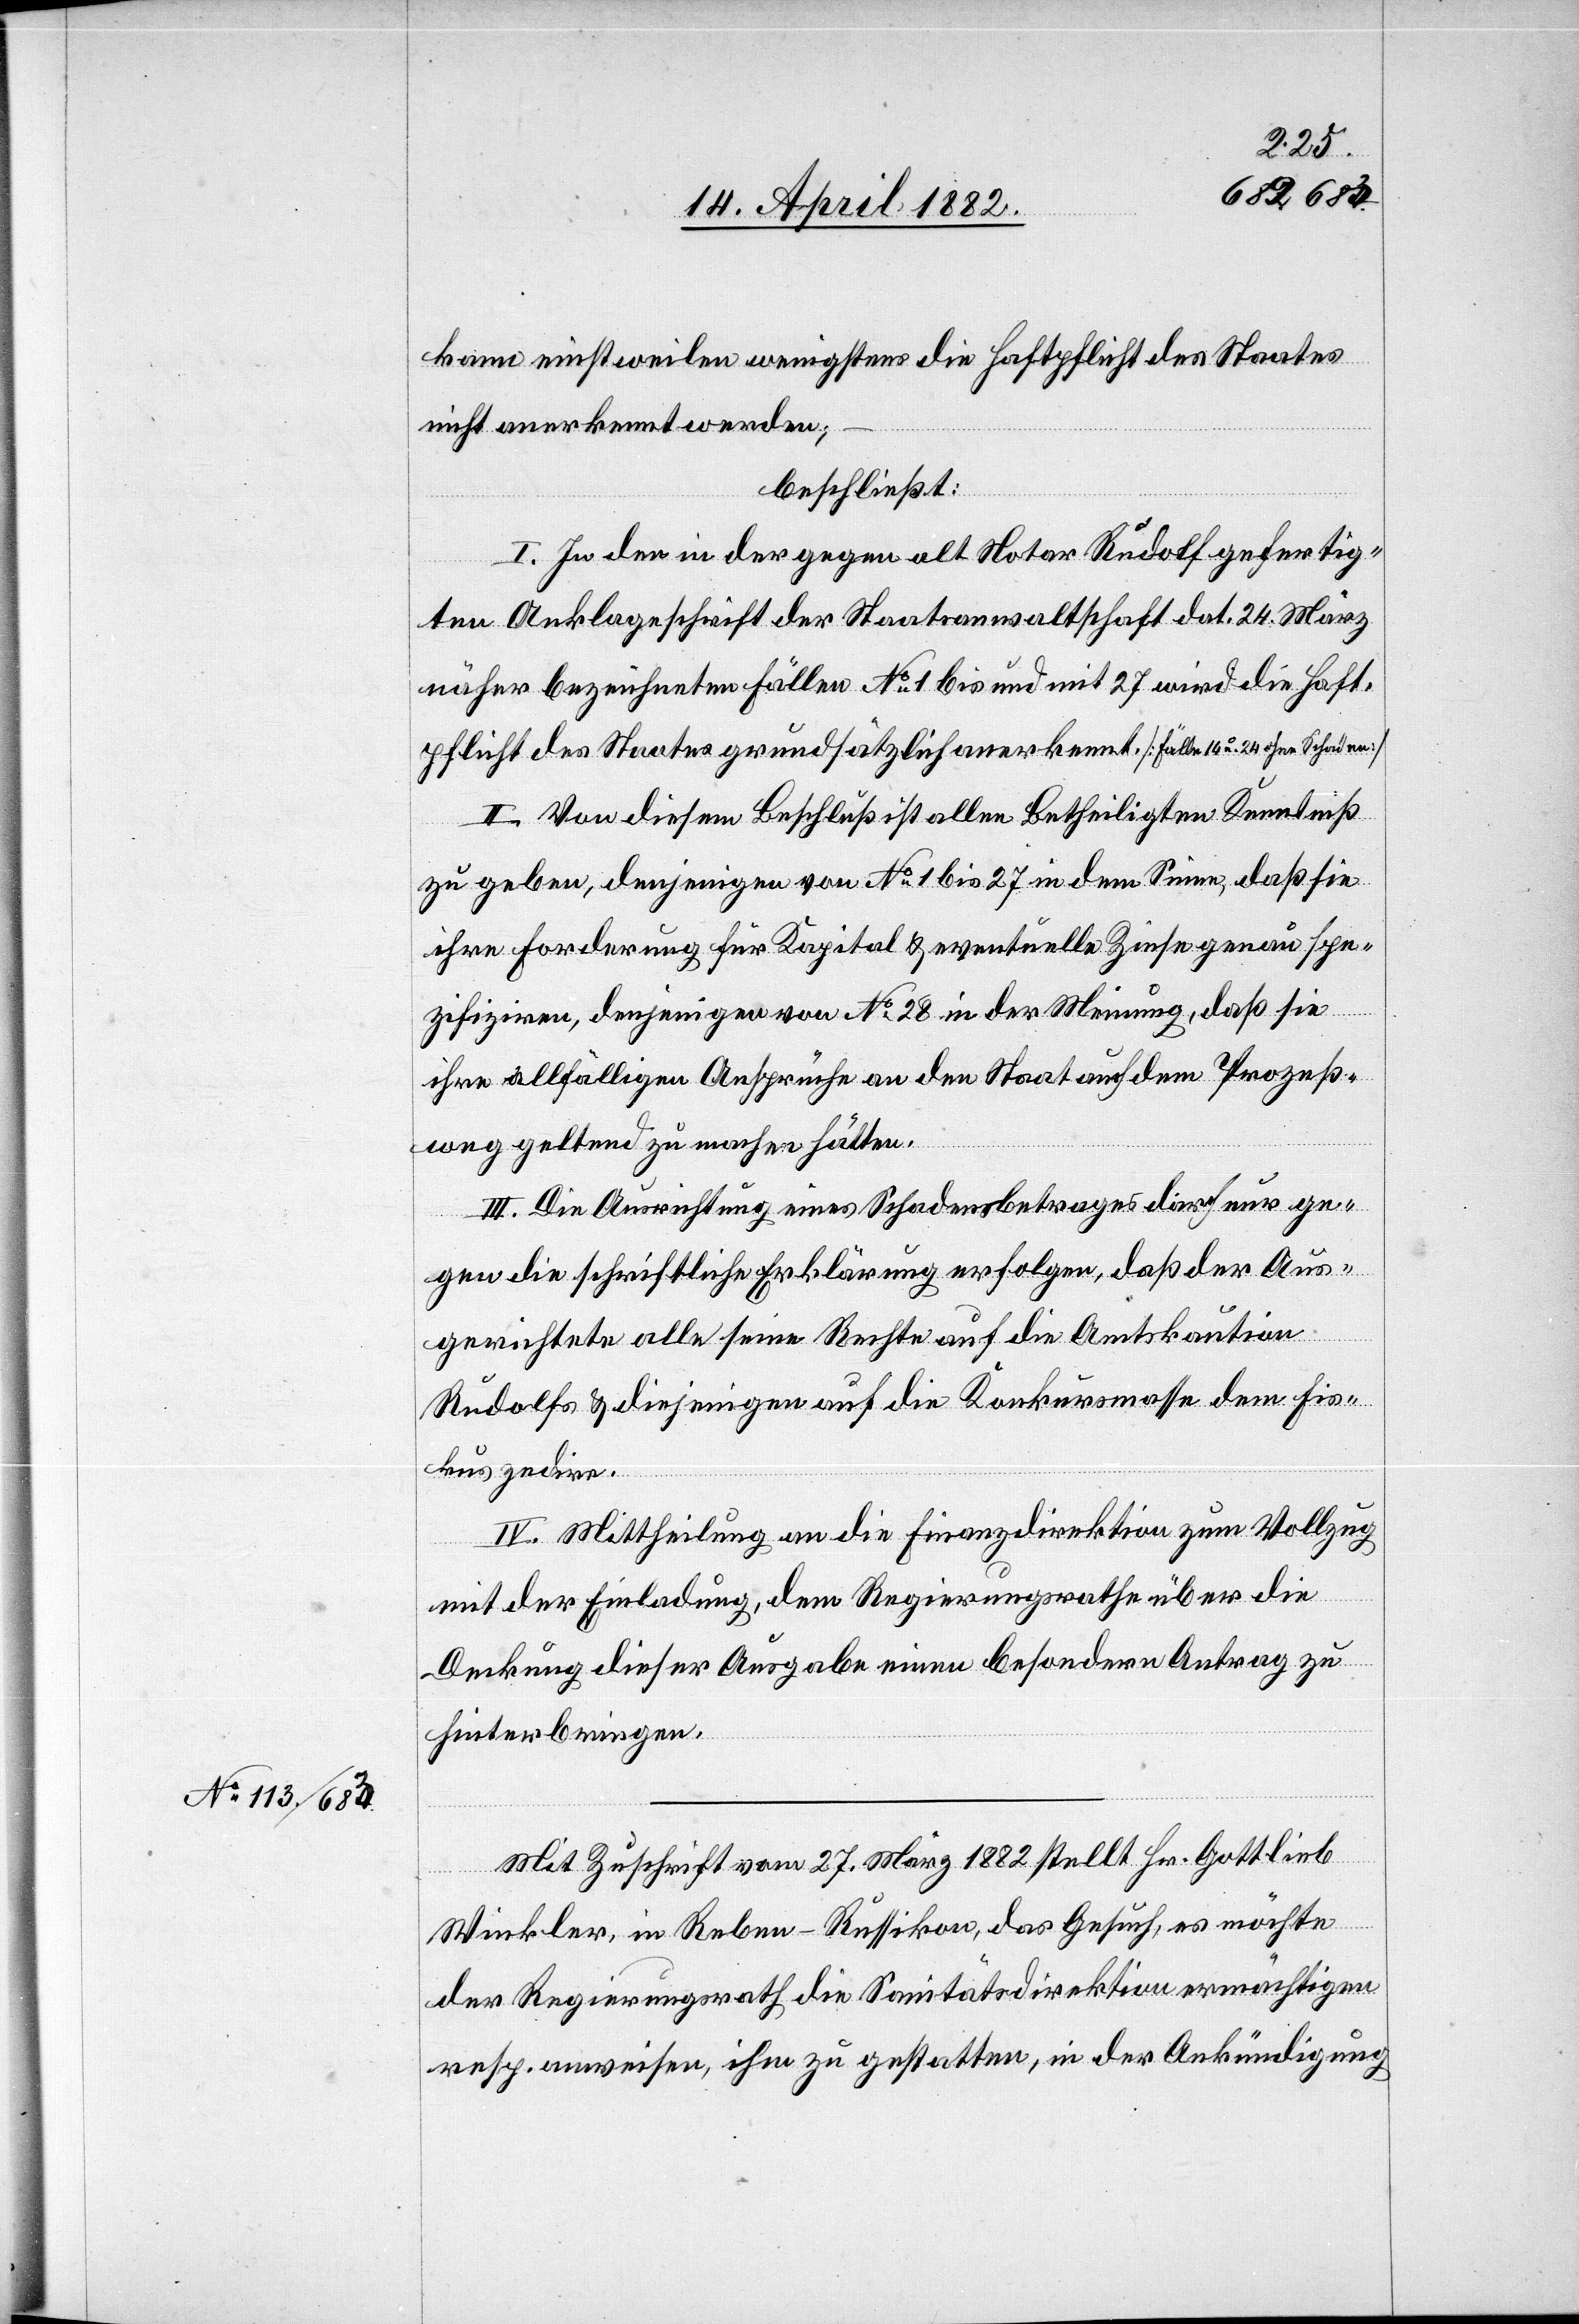
kann einstweilen wenigstens die Haftpflicht des Staates
nicht anerkennt werden;
beschließt:
I. In den in der gegen alt Notar Rudolf gefertig¬
ten Anklageschrift der Staatsanwaltschaft dat. 24. März
näher bezeichneten Fällen No 1 bis und mit 27 wird die Haft¬
pflicht des Staates grundsätzlich anerkennt. [Fälle 14 u. 24 ohne Schaden]
II. Von diesem Beschluß ist allen Betheiligten Kenntniß
zu geben, denjenigen von No 1 bis 27 in dem Sinne, daß sie
ihre Forderung für Kapital & eventuelle Zinse genau spe¬
zifiziren, denjenigen von No 28 in der Meinung, daß sie
ihre allfälligen Ansprüche an den Staat auf dem Prozeß¬
weg geltend zu machen hätten.
III. Die Ausrichtung eines Schadensbetrages darf nur ge¬
gen die schriftliche Erklärung erfolgen, daß der Aus¬
gerichtete alle seine Rechte auf die Amtskaution
Rudolfs & diejenigen auf die Konkursmasse dem Fis¬
kus zedire.
IV. Mittheilung an die Finanzdirektion zum Vollzug
mit der Einladung, dem Regierungsrathe über die
Deckung dieser Ausgabe einen besondern Antrag zu
hinterbringen.
Mit Zuschrift vom 27. März 1882 stellt Hr. Gottlieb
Winkler, in Reben - Russikon, das Gesuch, es möchte
der Regierungsrath die Sanitätsdirektion ermächtigen
resp. anweisen, ihm zu gestatten, in der Ankündigung